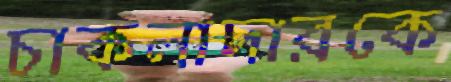
চাকলাদারকে